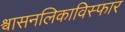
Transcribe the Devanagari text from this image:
श्वासनलिकाविस्फार